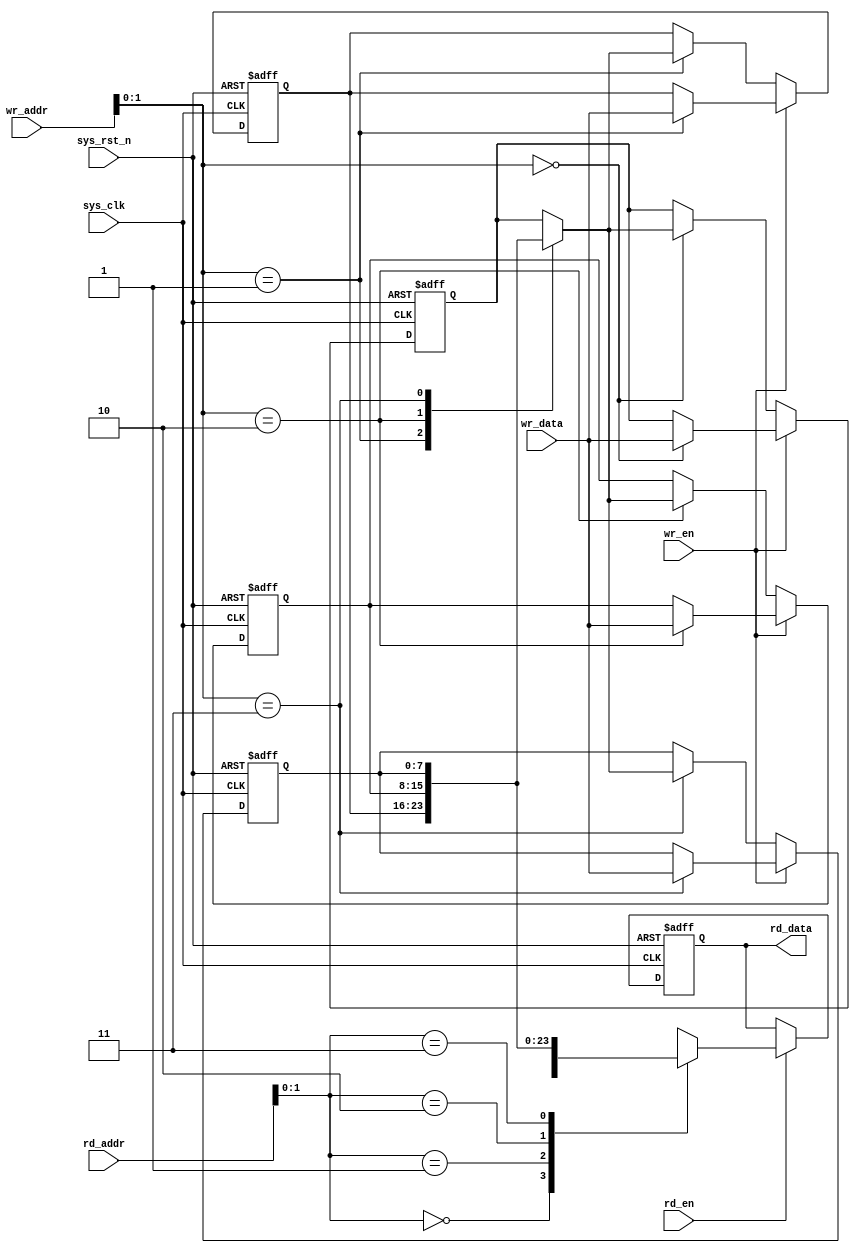
module simple_ram
(
	input	wire 			sys_clk		,
	input	wire			sys_rst_n	,
	input	wire			wr_en		,
	input	wire	[7:0]	wr_data		,
	input	wire	[3:0]	wr_addr		,
	input	wire			rd_en		,
	input	wire	[3:0]	rd_addr		,
	output	reg		[7:0]	rd_data
);
	integer	i;
	reg	[7:0]	data_reg	[3:0]	;
	always@(posedge sys_clk or negedge sys_rst_n)
		if(sys_rst_n==1'b0)
			begin
				for(i=0;i<8;i=i+1)
					data_reg[i] <= 8'b0;
			end
		else
			begin
				if(wr_en)
					data_reg[wr_addr] <= wr_data;
				else
					data_reg[wr_addr] <= data_reg[wr_addr];
			end
	
	always@(posedge sys_clk or negedge sys_rst_n)
		if(sys_rst_n==1'b0)
			rd_data <= 8'd0;
		else if(rd_en)
			rd_data <= data_reg[rd_addr];
		else
			rd_data <= rd_data;


endmodule